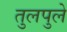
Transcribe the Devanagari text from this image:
तुलपुले